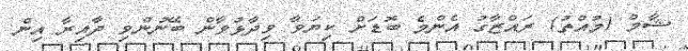
ޝާމް (މުއްތު) ރައްޒާގު އެންމެ ބޮޑަށް ކިޔަވާ ވިދާޅުވާން ބޭނުންވި ދާއިރާ އިން